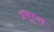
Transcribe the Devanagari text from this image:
प्रभूच्या